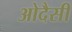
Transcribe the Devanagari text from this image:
ओदैसी